Civil Veterinary Dept. Bombay admin report 1893-99 - 1893-1899
Year: 1893
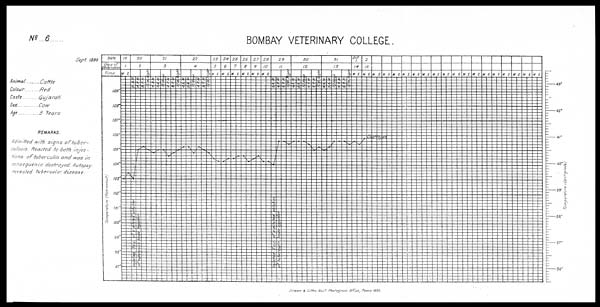
No. .....6
Sept. 1899
Animal ....
Colour
Caste
Sex
Age
Cattle
....Red
... Gujarati
...Cow
REMARKS.
Admitted with signs of tuber-
culosis. Reacted to both injec-
tions of tuberculin and was in
consequence destroyed. Autopsy
revealed tubercular disease.